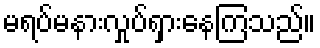
မရပ်မနားလှုပ်ရှားနေကြသည်။